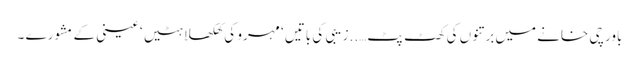
باورچی خانے میں برتنوں کی کھٹ پٹ…..زیبی کی باتیں ‘ مہرو کی کھلکھلاہٹیں ‘ عینی کے مشورے ۔